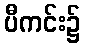
ပီကင်း၌